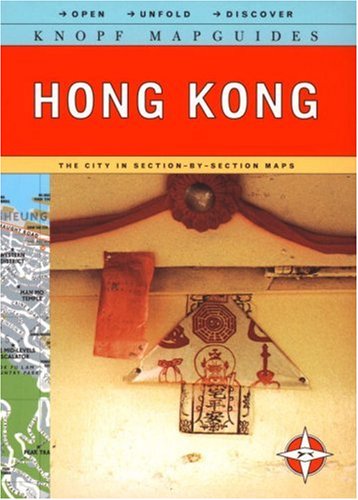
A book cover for Knopf MapGuide: Hong Kong (Knopf Mapguides); Knopf Guides; Travel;